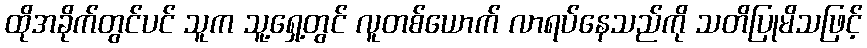
ထိုအခိုက်တွင်ပင် သူက သူ့ရှေ့တွင် လူတစ်ယောက် လာရပ်နေသည်ကို သတိပြုမိသဖြင့်